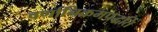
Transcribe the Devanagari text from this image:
वर्णानिक्रमपद्धति